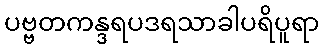
ပဗ္ဗတကန္ဒရပဒရသာခါပရိပူရာ